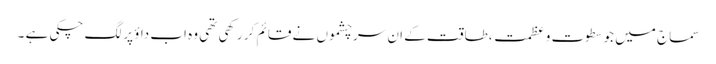
سماج میں جو سطوت و عظمت ،طاقت کے ان سرچشموں نے قائم کر رکھی تھی وہ اب داؤ پر لگ چکی ہے ۔